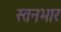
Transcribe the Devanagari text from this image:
स्तनभार